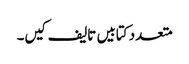
متعدد کتابیں تالیف کیں۔